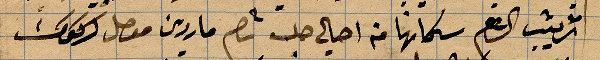
ترتيب ... شكانها من أهالي حلب ... ماردين موصل كركوك